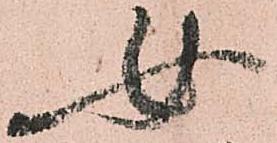
女